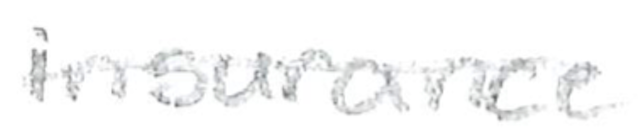
Text: insurance
Cross-out: single-line
Writing tool: pencil